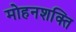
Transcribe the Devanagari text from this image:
मोहनशक्ति